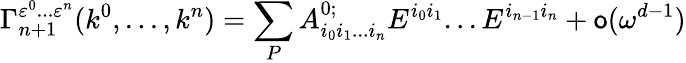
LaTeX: \Gamma_{n+1}^{\varepsilon^{0}...\varepsilon^{n}}(k^{0},...,k^{n})=\sum_{P}A_{i_{0}i_{1}...i_{n}}^{0;}E^{i_{0}i_{1}}...E^{i_{n-1}i_{n}}+\mathsf{o}(\omega^{d-1})